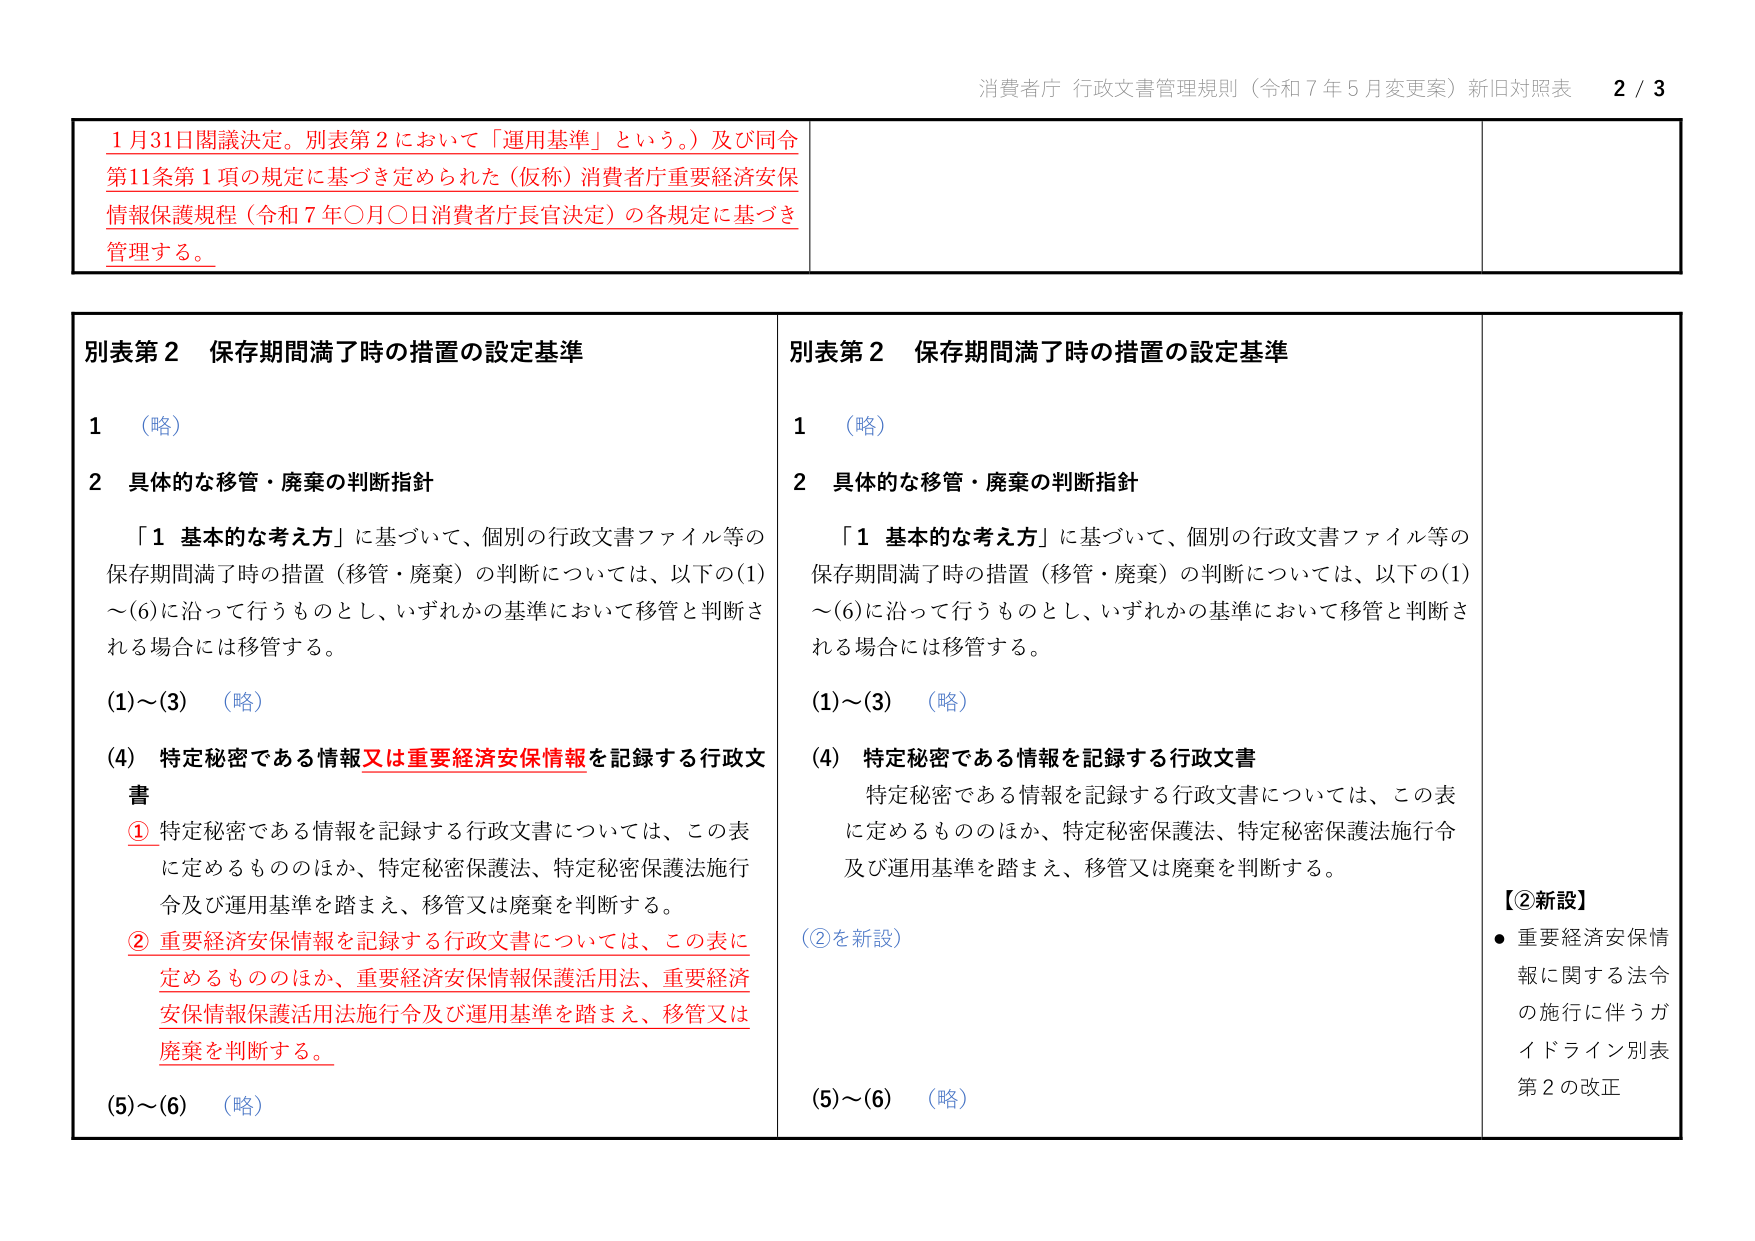
消費者庁 行政文書管理規則（令和７年５月変更案）新旧対照表 2 / 3

1月31日閣議決定。別表第2において「運用基準」という。）及び同令第11条第1項の規定に基づき定められた（仮称）消費者庁重要経済安保情報保護規程（令和７年〇月〇日消費者庁長官決定）の各規定に基づき管理する。

別表第2 保存期間満了時の措置の設定基準
1 （略）
2 具体的な移管・廃棄の判断指針
「1 基本的な考え方」に基づいて、個別の行政文書ファイル等の保存期間満了時の措置（移管・廃棄）の判断については、以下の(1)～(6)に沿って行うものとし、いずれかの基準において移管と判断される場合には移管する。
(1)～(3) （略）
(4) 特定秘密である情報又は重要経済安保情報を記録する行政文書
① 特定秘密である情報を記録する行政文書については、この表に定めるもののほか、特定秘密保護法、特定秘密保護法施行令及び運用基準を踏まえ、移管又は廃棄を判断する。
② 重要経済安保情報を記録する行政文書については、この表に定めるもののほか、重要経済安保情報保護活用法、重要経済安保情報保護活用法施行令及び運用基準を踏まえ、移管又は廃棄を判断する。
(5)～(6) （略）

別表第2 保存期間満了時の措置の設定基準
1 （略）
2 具体的な移管・廃棄の判断指針
「1 基本的な考え方」に基づいて、個別の行政文書ファイル等の保存期間満了時の措置（移管・廃棄）の判断については、以下の(1)～(6)に沿って行うものとし、いずれかの基準において移管と判断される場合には移管する。
(1)～(3) （略）
(4) 特定秘密である情報を記録する行政文書
特定秘密である情報を記録する行政文書については、この表に定めるもののほか、特定秘密保護法、特定秘密保護法施行令及び運用基準を踏まえ、移管又は廃棄を判断する。
(②を新設)
(5)～(6) （略）

【②新設】
・重要経済安保情報に関する法令の施行に伴うガイドライン別表第2の改正